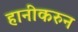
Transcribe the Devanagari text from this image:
हानीकरुन